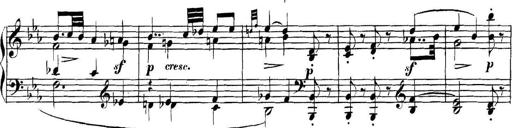
Title: Collected Piano Sonatas
Composer: Muzio Clementi